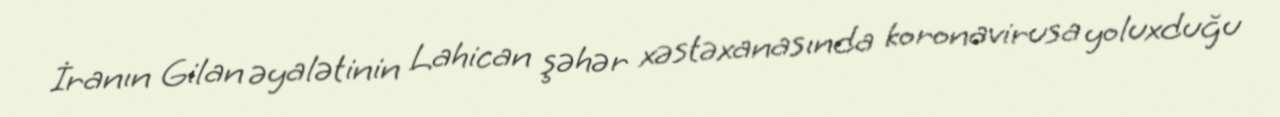
İranın Gilan əyalətinin Lahican şəhər xəstəxanasında koronavirusa yoluxduğu